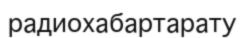
радиохабартарату